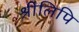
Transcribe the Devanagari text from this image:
श्रीलिपि